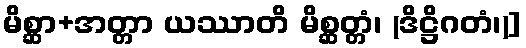
မိစ္ဆာ+အတ္တာ ယဿာတိ မိစ္ဆတ္တံ၊ (ဒိဋ္ဌိဂတံ၊)]